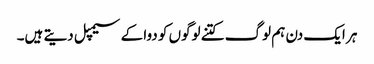
ہر ایک دن ہم لوگ کتنے لوگوں کو دوا کے سیمپل دیتے ہیں۔